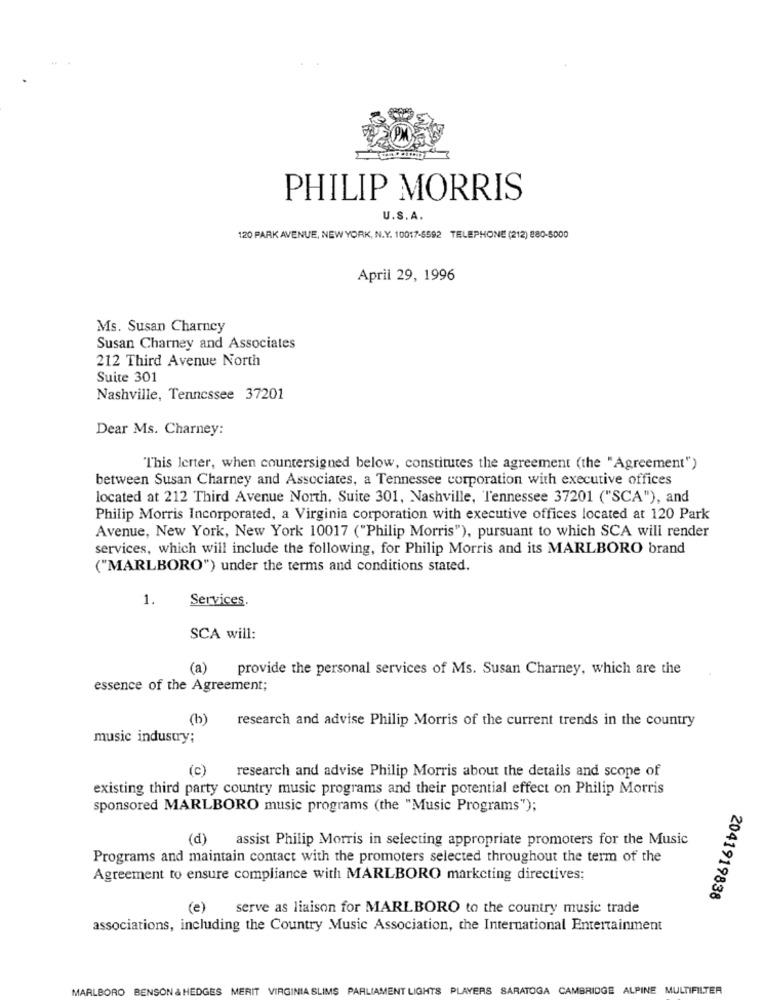
PHILIP MORRIS
U.S.A.
120 PARK AVENUE, NEW YORK, N.Y. 10017-6592 TELEPHONE (212) 880-5000
April 29, 1996
Ms. Susan Charney
Susan Charney and Associates
212 Third Avenue North
Suite 301
Nashville, Tennessee 37201
Dear Ms. Charney:
"This lerter, when countersigned below, constitutes the agreement (the "Agreement")
between Susan Charney and Associates, a Tennessee corporation with executive offices
located at 212 Third Avenue North, Suite 301, Nashville, Tennessee 37201 ("SCA"), and
Philip Morris Incorporated, a Virginia corporation with executive offices located at 120 Park
Avenue, New York, New York 10017 ("Philip Morris"), pursuant to which SCA will render
services, which will include the following, for Philip Morris and its MARLBORO brand
("MARLBORO") under the terms and conditions stated.
1.
Services.
SCA will:
(a)
provide the personal services of Ms. Susan Charney, which are the
essence of the Agreement;
(b)
research and advise Philip Morris of the current trends in the country
music industry;
(c)
research and advise Philip Morris about the details and scope of
existing third party country music programs and their potential effect on Philip Morris
sponsored MARLBORO music programs (the "Music Programs");
(d)
assist Philip Morris in selecting appropriate promoters for the Music
Programs and maintain contact with the promoters selected throughout the term of the
Agreement to ensure compliance with MARLBORO marketing directives;
2041919838
(e)
serve as liaison for MARLBORO to the country music trade
associations, including the Country Music Association, the International Entertainment
MARLBORO BENSON & HEDGES MERIT VIRGINIA SLIMS PARLIAMENT LIGHTS PLAYERS SARATOGA CAMBRIDGE ALPINE MULTIFILTER